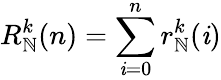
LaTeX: R_{\mathbb{N}}^{k}(n)=\sum_{\mathit{i}=0}^{n}r_{\mathbb{N}}^{k}(\mathit{i})